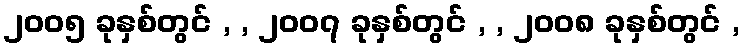
၂၀၀၅ ခုနှစ်တွင် , , ၂၀၀၇ ခုနှစ်တွင် , , ၂၀၀၈ ခုနှစ်တွင် ,